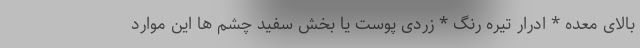
بالای معده * ادرار تیره رنگ * زردی پوست یا بخش سفید چشم ها این موارد